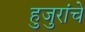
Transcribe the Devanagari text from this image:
हुजुरांचे